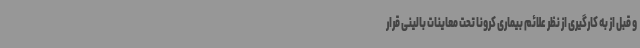
و قبل از به کارگیری از نظر علائم بیماری کرونا تحت معاینات بالینی قرار